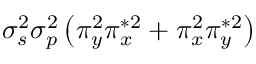
\sigma _ { s } ^ { 2 } \sigma _ { p } ^ { 2 } \left( \pi _ { y } ^ { 2 } \pi _ { x } ^ { * 2 } + \pi _ { x } ^ { 2 } \pi _ { y } ^ { * 2 } \right)